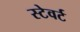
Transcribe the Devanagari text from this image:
स्टेवर्ट